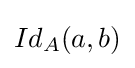
Id_{A}(a,b)